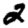
Digit: 2